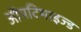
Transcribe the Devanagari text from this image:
ऑपटिमाइज्ड